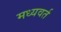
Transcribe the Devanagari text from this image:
मध्यवर्त